Subject: eess
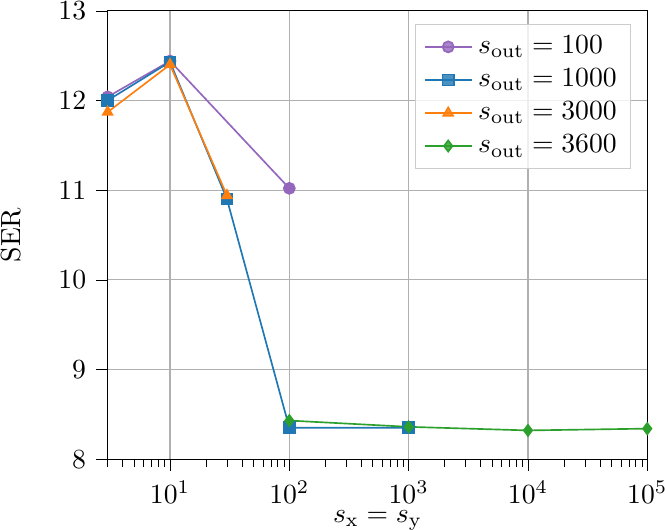
LaTeX code:
\begin{tikzpicture}

\definecolor{crimson2143940}{RGB}{214,39,40}
\definecolor{darkgray176}{RGB}{176,176,176}
\definecolor{darkorange25512714}{RGB}{255,127,14}
\definecolor{forestgreen4416044}{RGB}{44,160,44}
\definecolor{lightgray204}{RGB}{204,204,204}
\definecolor{mediumpurple148103189}{RGB}{148,103,189}
\definecolor{steelblue31119180}{RGB}{31,119,180}

\begin{axis}[
legend cell align={left},
legend style={
  fill opacity=0.8,
  draw opacity=1,
  text opacity=1,
  at={(0.97,0.97)},
  anchor=north east,
  draw=lightgray204
},
log basis x={10},
tick align=outside,
tick pos=left,
x grid style={darkgray176},
xlabel={$s_{\text{x}} = s_{\text{y}}$},
xmin=3, xmax=100000,
xmode=log,
xtick style={color=black},
y grid style={darkgray176},
ylabel={SER},
ymin=8, ymax=13,
xmajorgrids,
ymajorgrids,
ytick style={color=black}
]

\addplot [semithick, mediumpurple148103189, mark=*]
table {%
3 12.04
10 12.44
100 11.02
};
\addlegendentry{$s_{\text{out}} = 100$}

\addplot [semithick, steelblue31119180, mark=square*]
table {%
3 12
10 12.43
30 10.9
100 8.35
1000 8.35
};
\addlegendentry{$s_{\text{out}} = 1000$}

\addplot [semithick, darkorange25512714, mark=triangle*]
table {%
3 11.87
10 12.4
30 10.94
};
\addlegendentry{$s_{\text{out}} = 3000$}

\addplot [semithick, forestgreen4416044, mark=diamond*]
table {%
100 8.43
1000 8.36
10000 8.32
100000 8.34
};
\addlegendentry{$s_{\text{out}} = 3600$}

\end{axis}

\end{tikzpicture}